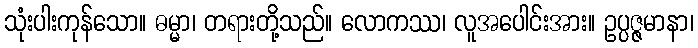
သုံးပါးကုန်သော။ ဓမ္မာ၊ တရားတို့သည်။ လောကဿ၊ လူအပေါင်းအား။ ဥပ္ပဇ္ဇမာနာ၊